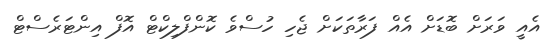
އެއީ ވަރަށް ބޮޑަށް އެއް ފަރާތަކަށް ޖެހި ހުސްވެ ކޮންފްލިކްޓް އޮފް އިންޓަރެސްޓް